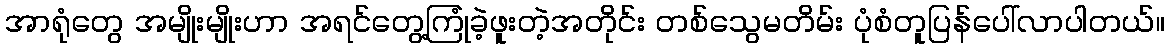
အာရုံတွေ အမျိုးမျိုးဟာ အရင်တွေ့ကြုံခဲ့ဖူးတဲ့အတိုင်း တစ်သွေမတိမ်း ပုံစံတူပြန်ပေါ်လာပါတယ်။